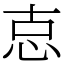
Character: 怘